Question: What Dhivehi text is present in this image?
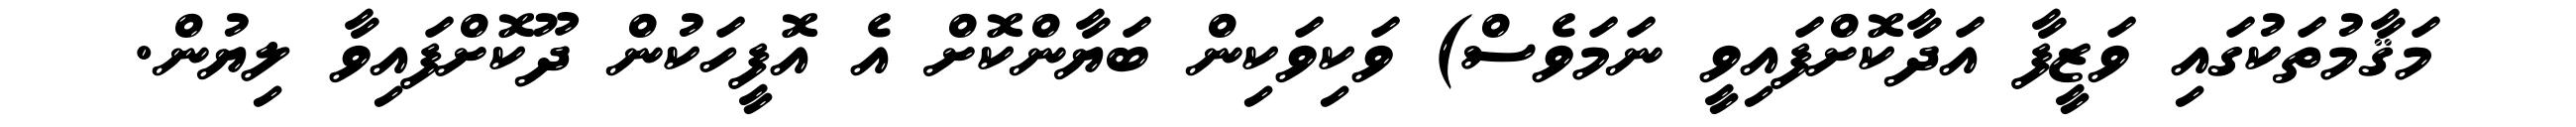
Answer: މަޤާމުތަކުގައި ވަޒީފާ އަދާކޮށްފައިވީ ނަމަވެސް) ވަކިވަކިން ބަޔާންކޮށް އެ އޮފީހަކުން ދޫކޮށްފައިވާ ލިޔުން.